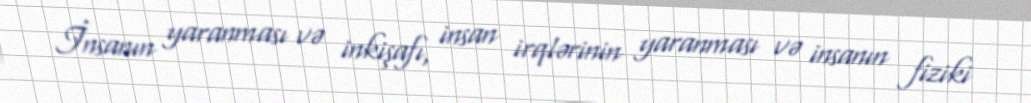
İnsanın yaranması və inkişafı, insan irqlərinin yaranması və insanın fiziki